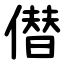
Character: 僣